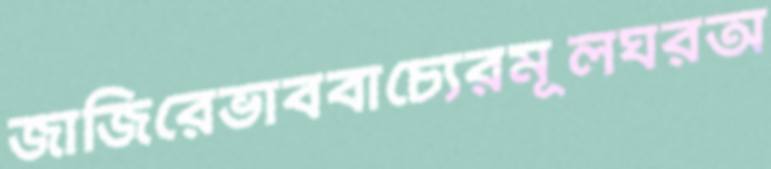
জাজিরেভাববাচ্যেরমূলঘরঅ